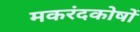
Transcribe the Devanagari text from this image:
मकरंदकोषों